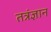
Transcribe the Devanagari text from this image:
तत्रंज्ञान